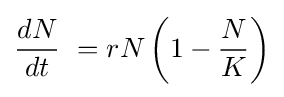
{\displaystyle {\frac {dN}{dt}}\ =rN\left(1-{\frac {N}{K}}\right)}